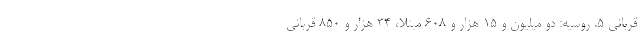
قربانی ۵. روسیه: دو میلیون و ۱۵ هزار و ۶۰۸ مبتلا، ۳۴ هزار و ۸۵۰ قربانی